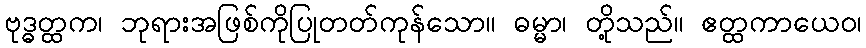
ဗုဒ္ဓတ္ထက၊ ဘုရားအဖြစ်ကိုပြုတတ်ကုန်သော။ ဓမ္မာ၊ တို့သည်။ ဧတ္ထကာယေဝ၊